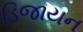
ડિજાયન